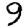
Digit: 9